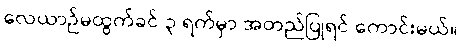
လေယာဉ်မထွက်ခင် ၃ ရက်မှာ အတည်ပြုရင် ကောင်းမယ်။